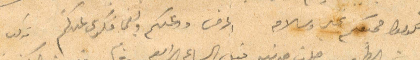
تكونوا جميعكم بخير وسلام اعرف عنكم ولفي فكري عندكم مركب